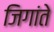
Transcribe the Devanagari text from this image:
जिगांते